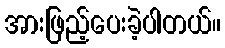
အားဖြည့်ပေးခဲ့ပါတယ်။